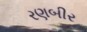
રણબીર